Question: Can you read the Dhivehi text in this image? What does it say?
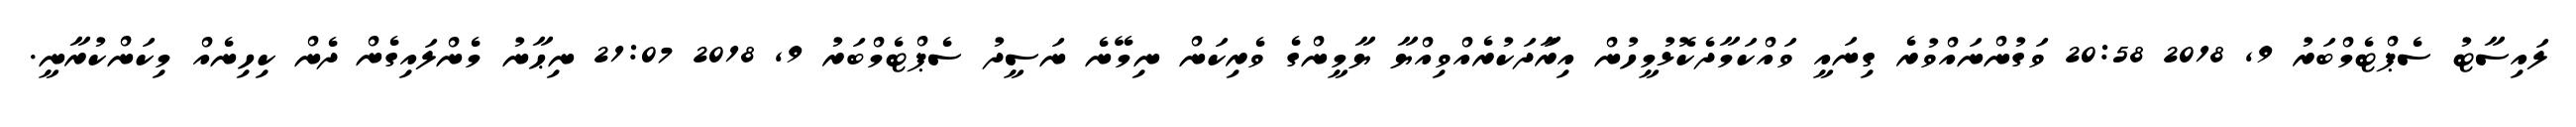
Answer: ލައިސާޓު ސެޕްޓެމްބަރު 9, 2018 20:58 ވަގުންނައްވުރެ ގިނައީ ވައްކަމާދެކޮޅުމީހުން އިރަާދަކުރެއްވިއްޔާ ޔާމީންގެ ވެރިކަން ނިމޭނެ ނަސީދު ސެޕްޓެމްބަރު 9, 2018 21:07 ނިޙާނު މެންލައިގެން ދެން ކިހިނެއް މިކަންކުރާނީ.